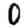
Digit: 0